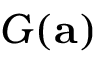
G ( \mathbf { a } )